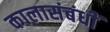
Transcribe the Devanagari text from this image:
कालासंबंधीं